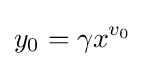
y_{0}=\gamma x^{v_{0}}